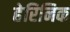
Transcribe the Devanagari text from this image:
हेरिनिक